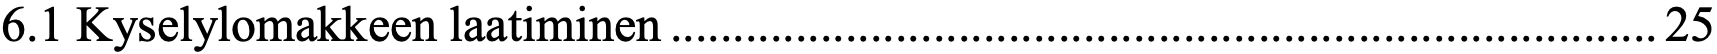
6.1 Kyselylomakkeen laatiminen ............................................................................... 25